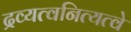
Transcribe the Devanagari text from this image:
द्रव्यत्वनित्यत्वे